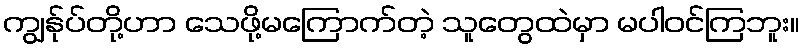
ကျွန်ုပ်တို့ဟာ သေဖို့မကြောက်တဲ့ သူတွေထဲမှာ မပါဝင်ကြဘူး။